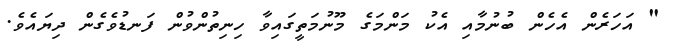
" އަހަރެން އެހެން ބުނުމާއި އެކު މަންމަގެ މޫނުމަތީގައިވާ ހިނިތުންވުން ފަނޑުވެގެން ދިޔައެވެ.